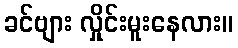
ခင်ဗျား လှိုင်းမူးနေလား။